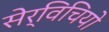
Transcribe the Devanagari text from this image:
सेर्विचियो